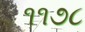
૧૧૭૮